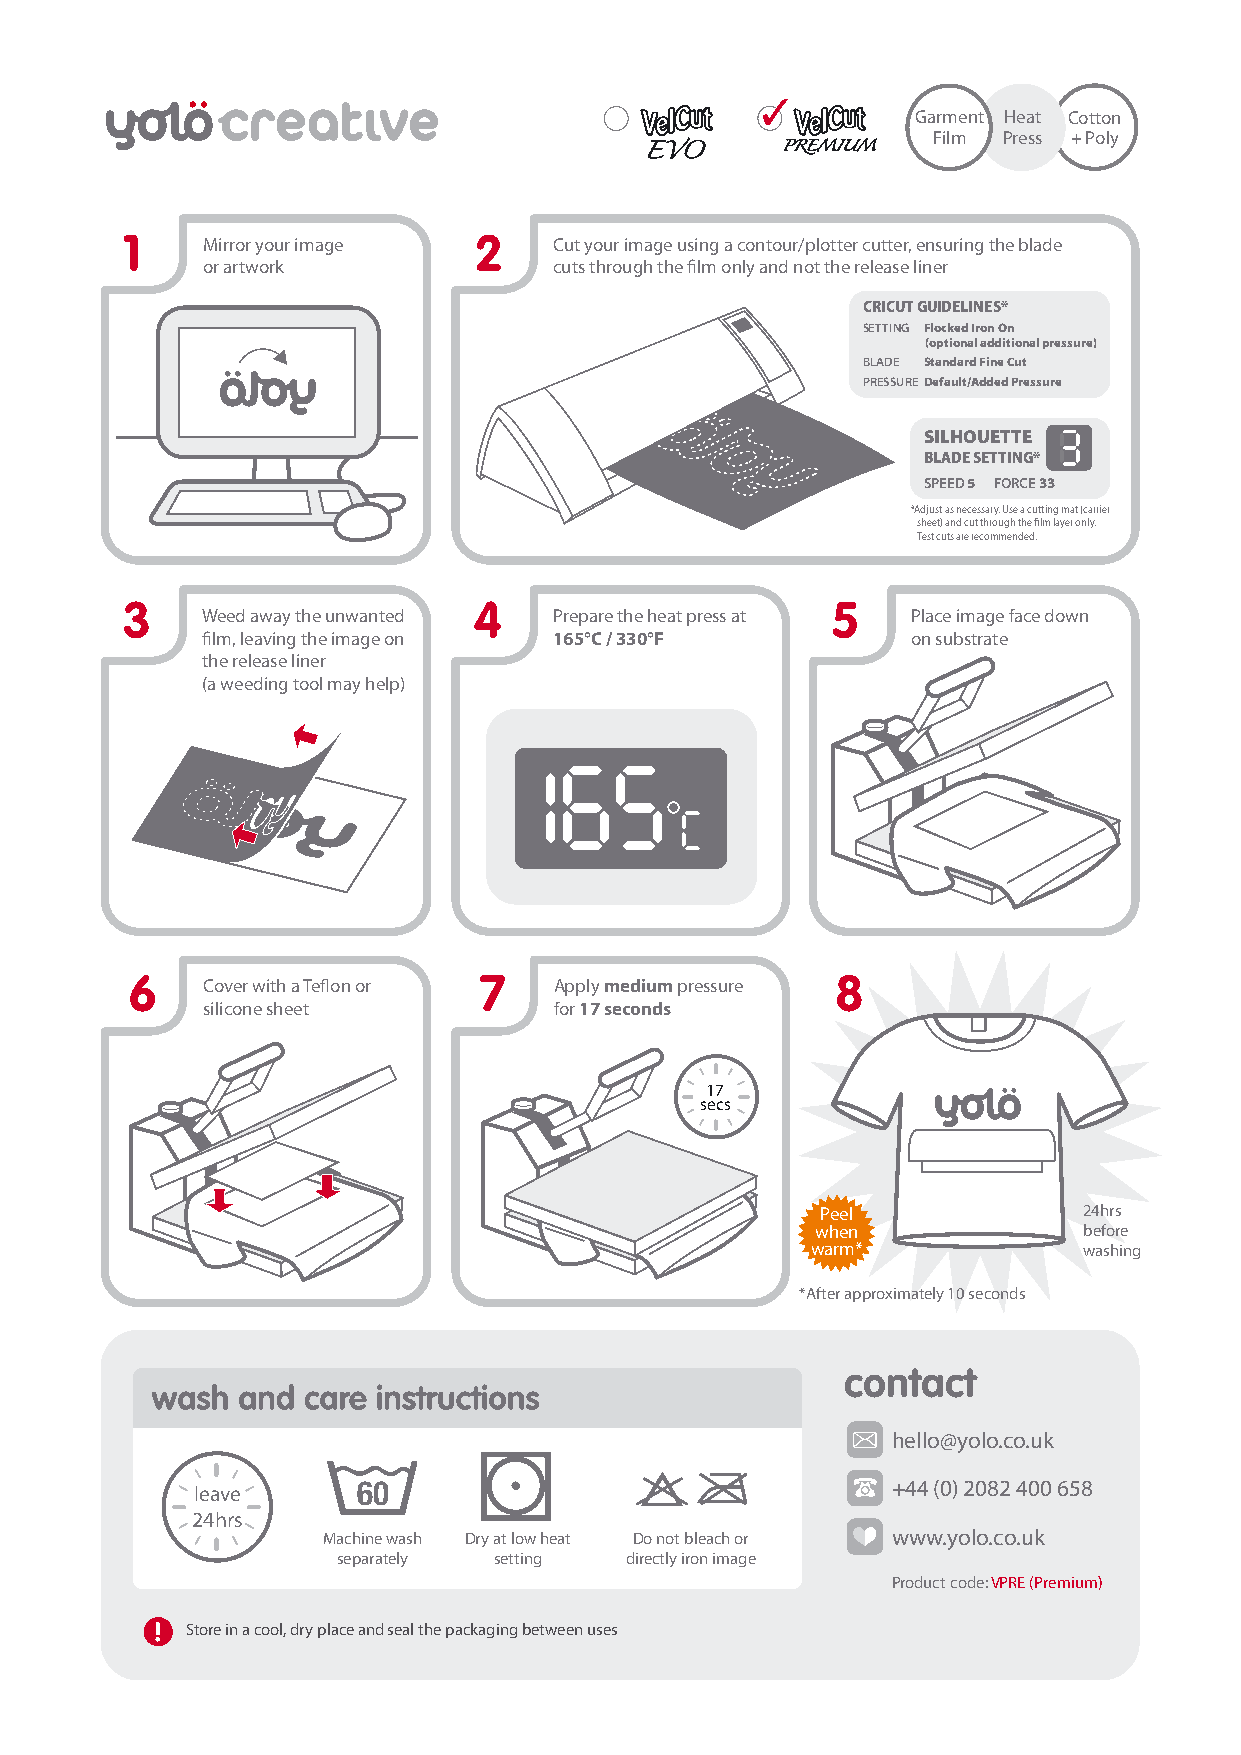
Garment Heat Cotton
 Film Press + Poly
 Mirror your image       Cut your image using a contour/plotter cutter, ensuring the blade
 or artwork              cuts through the film only and not the release liner
 CRICUT GUIDELINES*
 SETTING Flocked Iron On
 (optional additional pressure)
 BLADE Standard Fine Cut
 PRESSURE Default/Added Pressure
 SILHOUETTE
 BLADE SETTING*
 SPEED 5 FORCE 33
 *Adjust as necessary. Use a cutting mat (carrier
 sheet) and cut through the film layer only.
 Test cuts are recommended.
 Weed away the unwanted  Prepare the heat press at Place image face down
 film, leaving the image on 165°C / 330°F       on substrate
 the release liner
 (a weeding tool may help)
 Cover with a Teflon or  Apply medium pressure
 silicone sheet          for 17 seconds
 17
 secs
 Peel              24hrs
 when              before
 warm*             washing
 *After approximately 10 seconds
 hello@yolo.co.uk
 60                                 +44 (0) 2082 400 658
 leave
 24hrs
 Machine wash Dry at low heat Do not bleach or www.yolo.co.uk
 separately setting directly iron image
 Product code: VPRE (Premium)
 Store in a cool, dry place and seal the packaging between uses